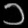
Digit: ၁